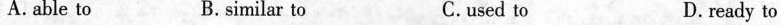
A. able to B.similar to C.used to D.ready to